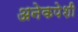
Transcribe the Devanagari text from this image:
अनेकपेशी